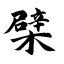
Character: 檗